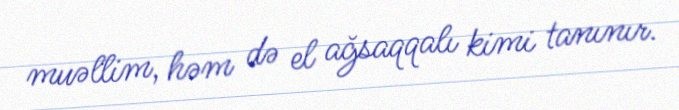
muəllim, həm də el ağsaqqalı kimi tanınır.